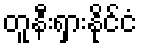
တူနီးရှားနိုင်ငံ